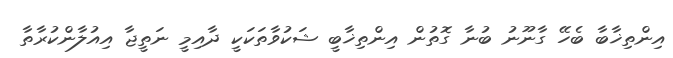
އިންތިޚާބާ ބެހޭ ގާނޫނު ބުނާ ގޮތުން އިންތިޚާބީ ޝަކުވާތަކަކީ ދާއިމީ ނަތީޖާ އިއުލާންކުރާތާ